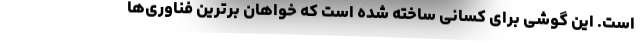
است. این گوشی برای کسانی ساخته شده است که خواهان برترین فناوری‌ها